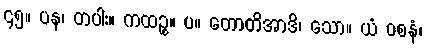
၄၅။ ပန၊ တပါး။ ကထဉ္စ။ ပ။ တောတိအာဒိ၊ သော။ ယံ ဝစနံ၊